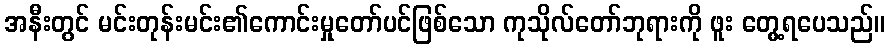
အနီးတွင် မင်းတုန်းမင်း၏ကောင်းမှုတော်ပင်ဖြစ်သော ကုသိုလ်တော်ဘုရားကို ဖူး တွေ့ရပေသည်။